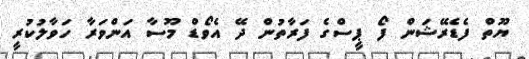
ޔޫތް ފެޑެރޭޝަން ފޯ ޕީސްގެ ފަރާތުން ދޭ އެވޯޑް މޫސާ އަންވަރާ ހަވާލުކުރީ